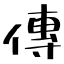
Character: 傳